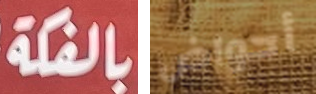
بالفكة أحواض